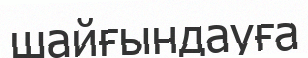
шайғындауға